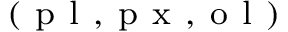
^ { ( \mathrm { ~ p ~ l ~ , ~ p ~ x ~ , ~ o ~ l ~ } ) }